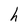
Character: h